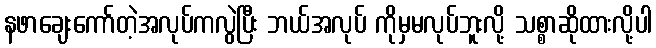
နဖာချေးကော်တဲ့အလုပ်ကလွဲပြီး ဘယ်အလုပ် ကိုမှမလုပ်ဘူးလို့ သစ္စာဆိုထားလို့ပါ